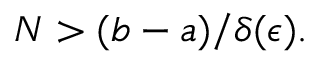
N > ( b - a ) / \delta ( \epsilon ) .